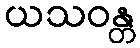
ယသဝန္တ